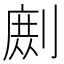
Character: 𭄉